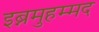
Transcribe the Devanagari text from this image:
इब्नमुहम्मद